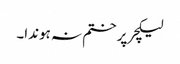
لیکچر پر ختم نہ ہوندا۔